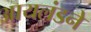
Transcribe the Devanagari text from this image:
आयलंडने